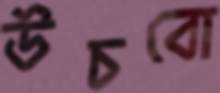
উচবো